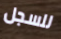
للسجل